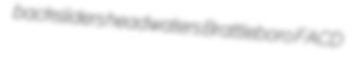
backsliders headwaters Brattleboro FACD